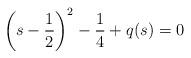
LaTeX: \begin{align*}\left(s-\frac{1}{2}\right)^2-\frac{1}{4}+q(s)=0 \end{align*}